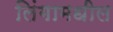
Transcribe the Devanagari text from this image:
लिंगामधील